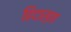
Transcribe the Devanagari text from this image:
हिदास्ता